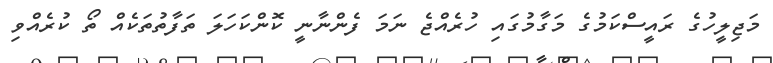
މަޖިލީހުގެ ރައީސްކަމުގެ މަގާމުގައި ހުރެއްޖެ ނަމަ ފެންނާނީ ކޮންކަހަލަ ތަފާތުތަކެއް ތޯ ކުރެއްވި